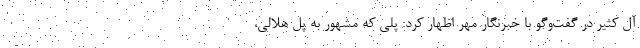
آل کثیر در گفت‌وگو با خبرنگار مهر اظهار کرد: پلی که مشهور به پل هلالی،